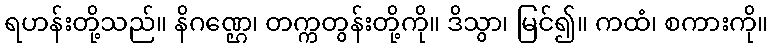
ရဟန်းတို့သည်။ နိဂဏ္ဌေ၊ တက္ကတွန်းတို့ကို။ ဒိသွာ၊ မြင်၍။ ကထံ၊ စကားကို။